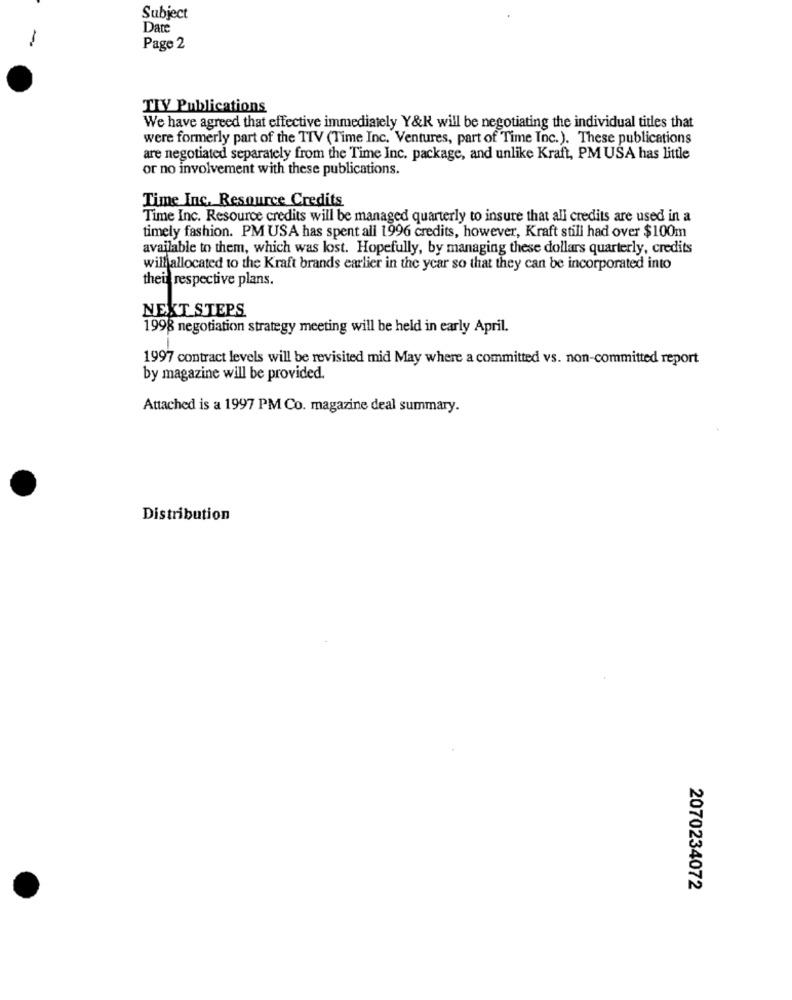
Subject
Date
Page 2
TIY Publications
We have agreed that effective immediately Y&R will be negotiating the individual titles that
were formerly part of the TIV (Time Inc. Ventures, part of Time Inc.). These publications
are negotiated separately from the Time Inc. package, and unlike Kraft, PM USA has little
or no involvement with these publications.
Time Inc. Resource Credits
Time Inc. Resource credits will be managed quarterly to insure that all credits are used in a
timely fashion. PM USA has spent all 1996 credits, however, Kraft still had over $100m
available to them, which was lost. Hopefully, by managing these dollars quarterly, credits
willallocated to the Kraft brands earlier in the year so that they can be incorporated into
their respective plans.
NEXT STEPS
1998 negotiation strategy meeting will be held in early April.
1997 contract levels will be revisited mid May where a committed vs. non-committed report
by magazine will be provided.
Attached is a 1997 PM Co. magazine deal summary.
Distribution
2070234072